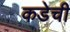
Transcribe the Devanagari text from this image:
कडेची